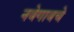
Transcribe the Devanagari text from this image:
नवेगावचे